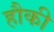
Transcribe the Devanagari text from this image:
हौकी